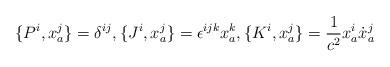
LaTeX: \begin{align*}\{ P^i,x^j_a\}=\delta^{ij},\{ J^i,x^j_a\}=\epsilon^{ijk}x^k_a,\{ K^i,x^j_a\}=\frac{1}{c^2}x^i_a\dot{x}^j_a\end{align*}